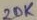
Text: 20K